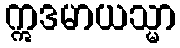
ဣဒမာယသ္မာ